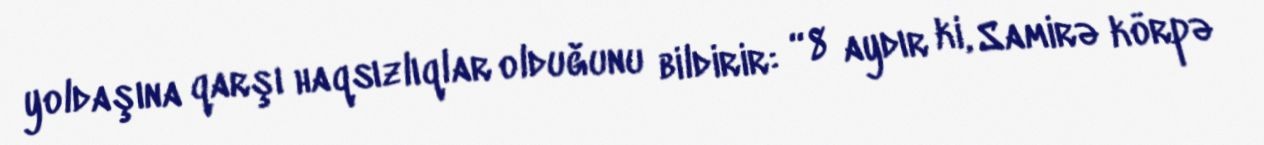
yoldaşına qarşı haqsızlıqlar olduğunu bildirir: “8 aydır ki, Samirə körpə